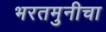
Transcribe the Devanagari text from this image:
भरतमुनीचा